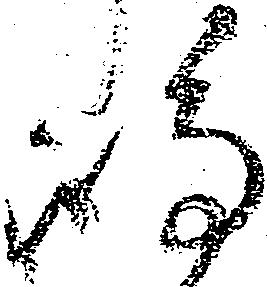
嶋